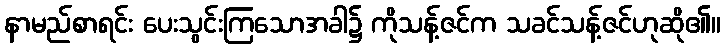
နာမည်စာရင်း ပေးသွင်းကြသောအခါ၌ ကိုသန့်ဇင်က သခင်သန့်ဇင်ဟုဆို၏။